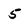
Character: 5